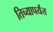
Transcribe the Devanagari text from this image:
तिच्यापर्यंत